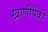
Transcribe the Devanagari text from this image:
खाणींपैकी